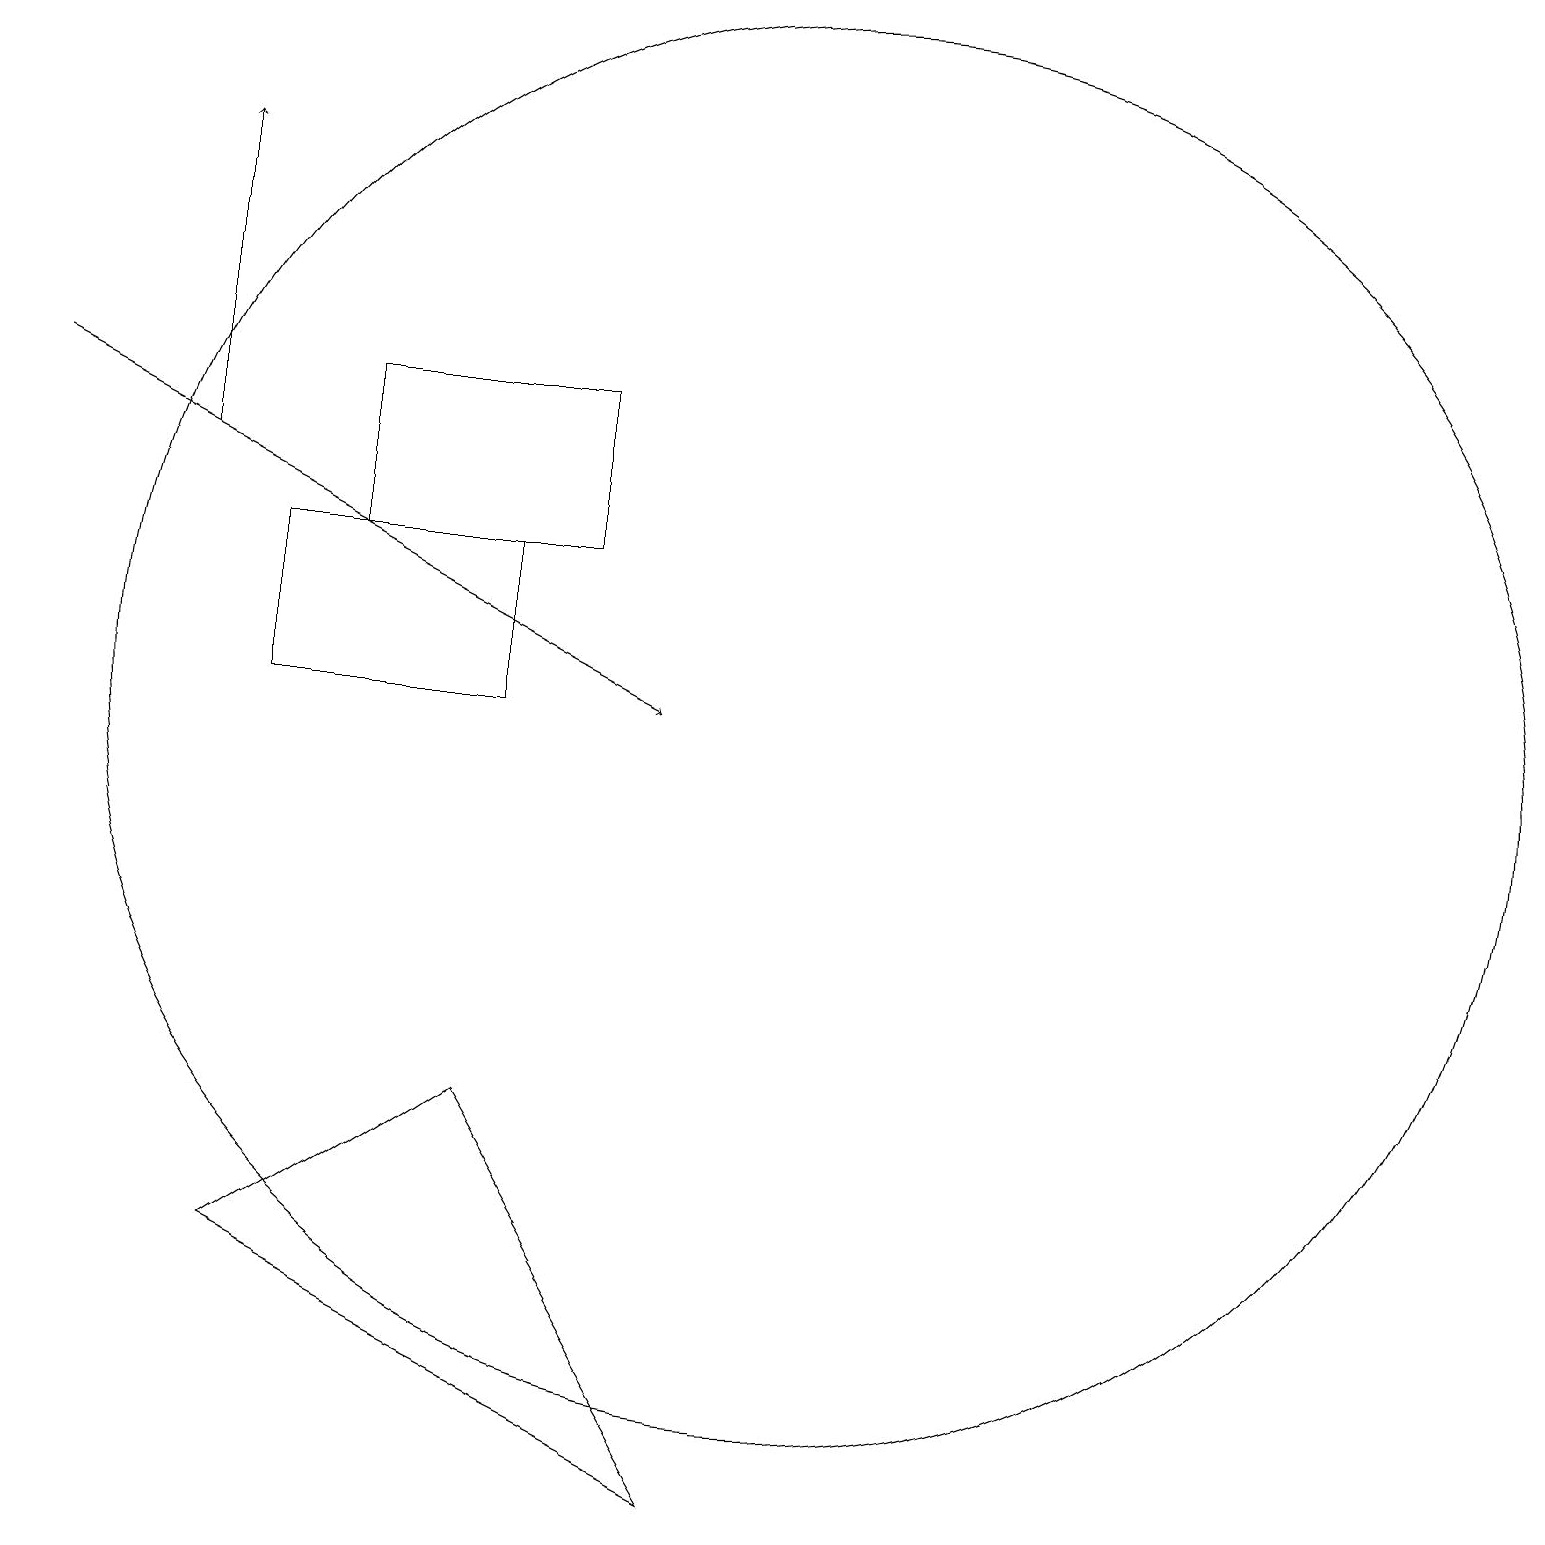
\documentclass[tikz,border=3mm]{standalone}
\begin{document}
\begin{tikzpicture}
\draw (7,12) rectangle (4,14);
\draw (6,5) -- (3,3) -- (9,0) -- cycle;
\draw[->] (2,13) -- (2,17);
\draw (10,10) circle (9);
\draw (10,10) circle (0);
\draw (3,12) rectangle (6,10);
\draw[->] (0,14) -- (8,10);
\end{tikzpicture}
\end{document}